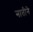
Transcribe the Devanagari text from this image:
नातीने